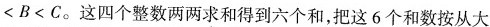
< B < C$$。这四个整数两两求和得到六个和，把这6个和数按从大